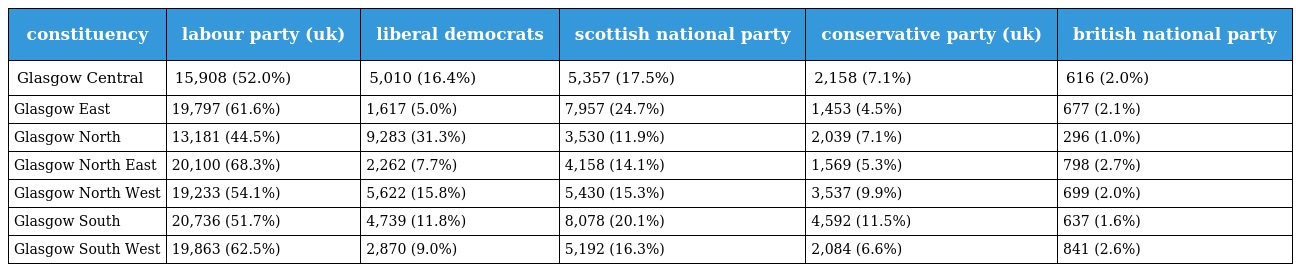
| constituency | labour party (uk) | liberal democrats | scottish national party | conservative party (uk) | british national party |
 | --- | --- | --- | --- | --- | --- |
 | Glasgow Central | 15,908 (52.0%) | 5,010 (16.4%) | 5,357 (17.5%) | 2,158 (7.1%) | 616 (2.0%) |
 | Glasgow East | 19,797 (61.6%) | 1,617 (5.0%) | 7,957 (24.7%) | 1,453 (4.5%) | 677 (2.1%) |
 | Glasgow North | 13,181 (44.5%) | 9,283 (31.3%) | 3,530 (11.9%) | 2,039 (7.1%) | 296 (1.0%) |
 | Glasgow North East | 20,100 (68.3%) | 2,262 (7.7%) | 4,158 (14.1%) | 1,569 (5.3%) | 798 (2.7%) |
 | Glasgow North West | 19,233 (54.1%) | 5,622 (15.8%) | 5,430 (15.3%) | 3,537 (9.9%) | 699 (2.0%) |
 | Glasgow South | 20,736 (51.7%) | 4,739 (11.8%) | 8,078 (20.1%) | 4,592 (11.5%) | 637 (1.6%) |
 | Glasgow South West | 19,863 (62.5%) | 2,870 (9.0%) | 5,192 (16.3%) | 2,084 (6.6%) | 841 (2.6%) |